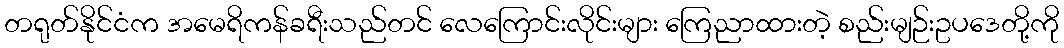
တရုတ်နိုင်ငံက အမေရိကန်ခရီးသည်တင် လေကြောင်းလိုင်းများ ကြေညာထားတဲ့ စည်းမျဉ်းဥပဒေတို့ကို